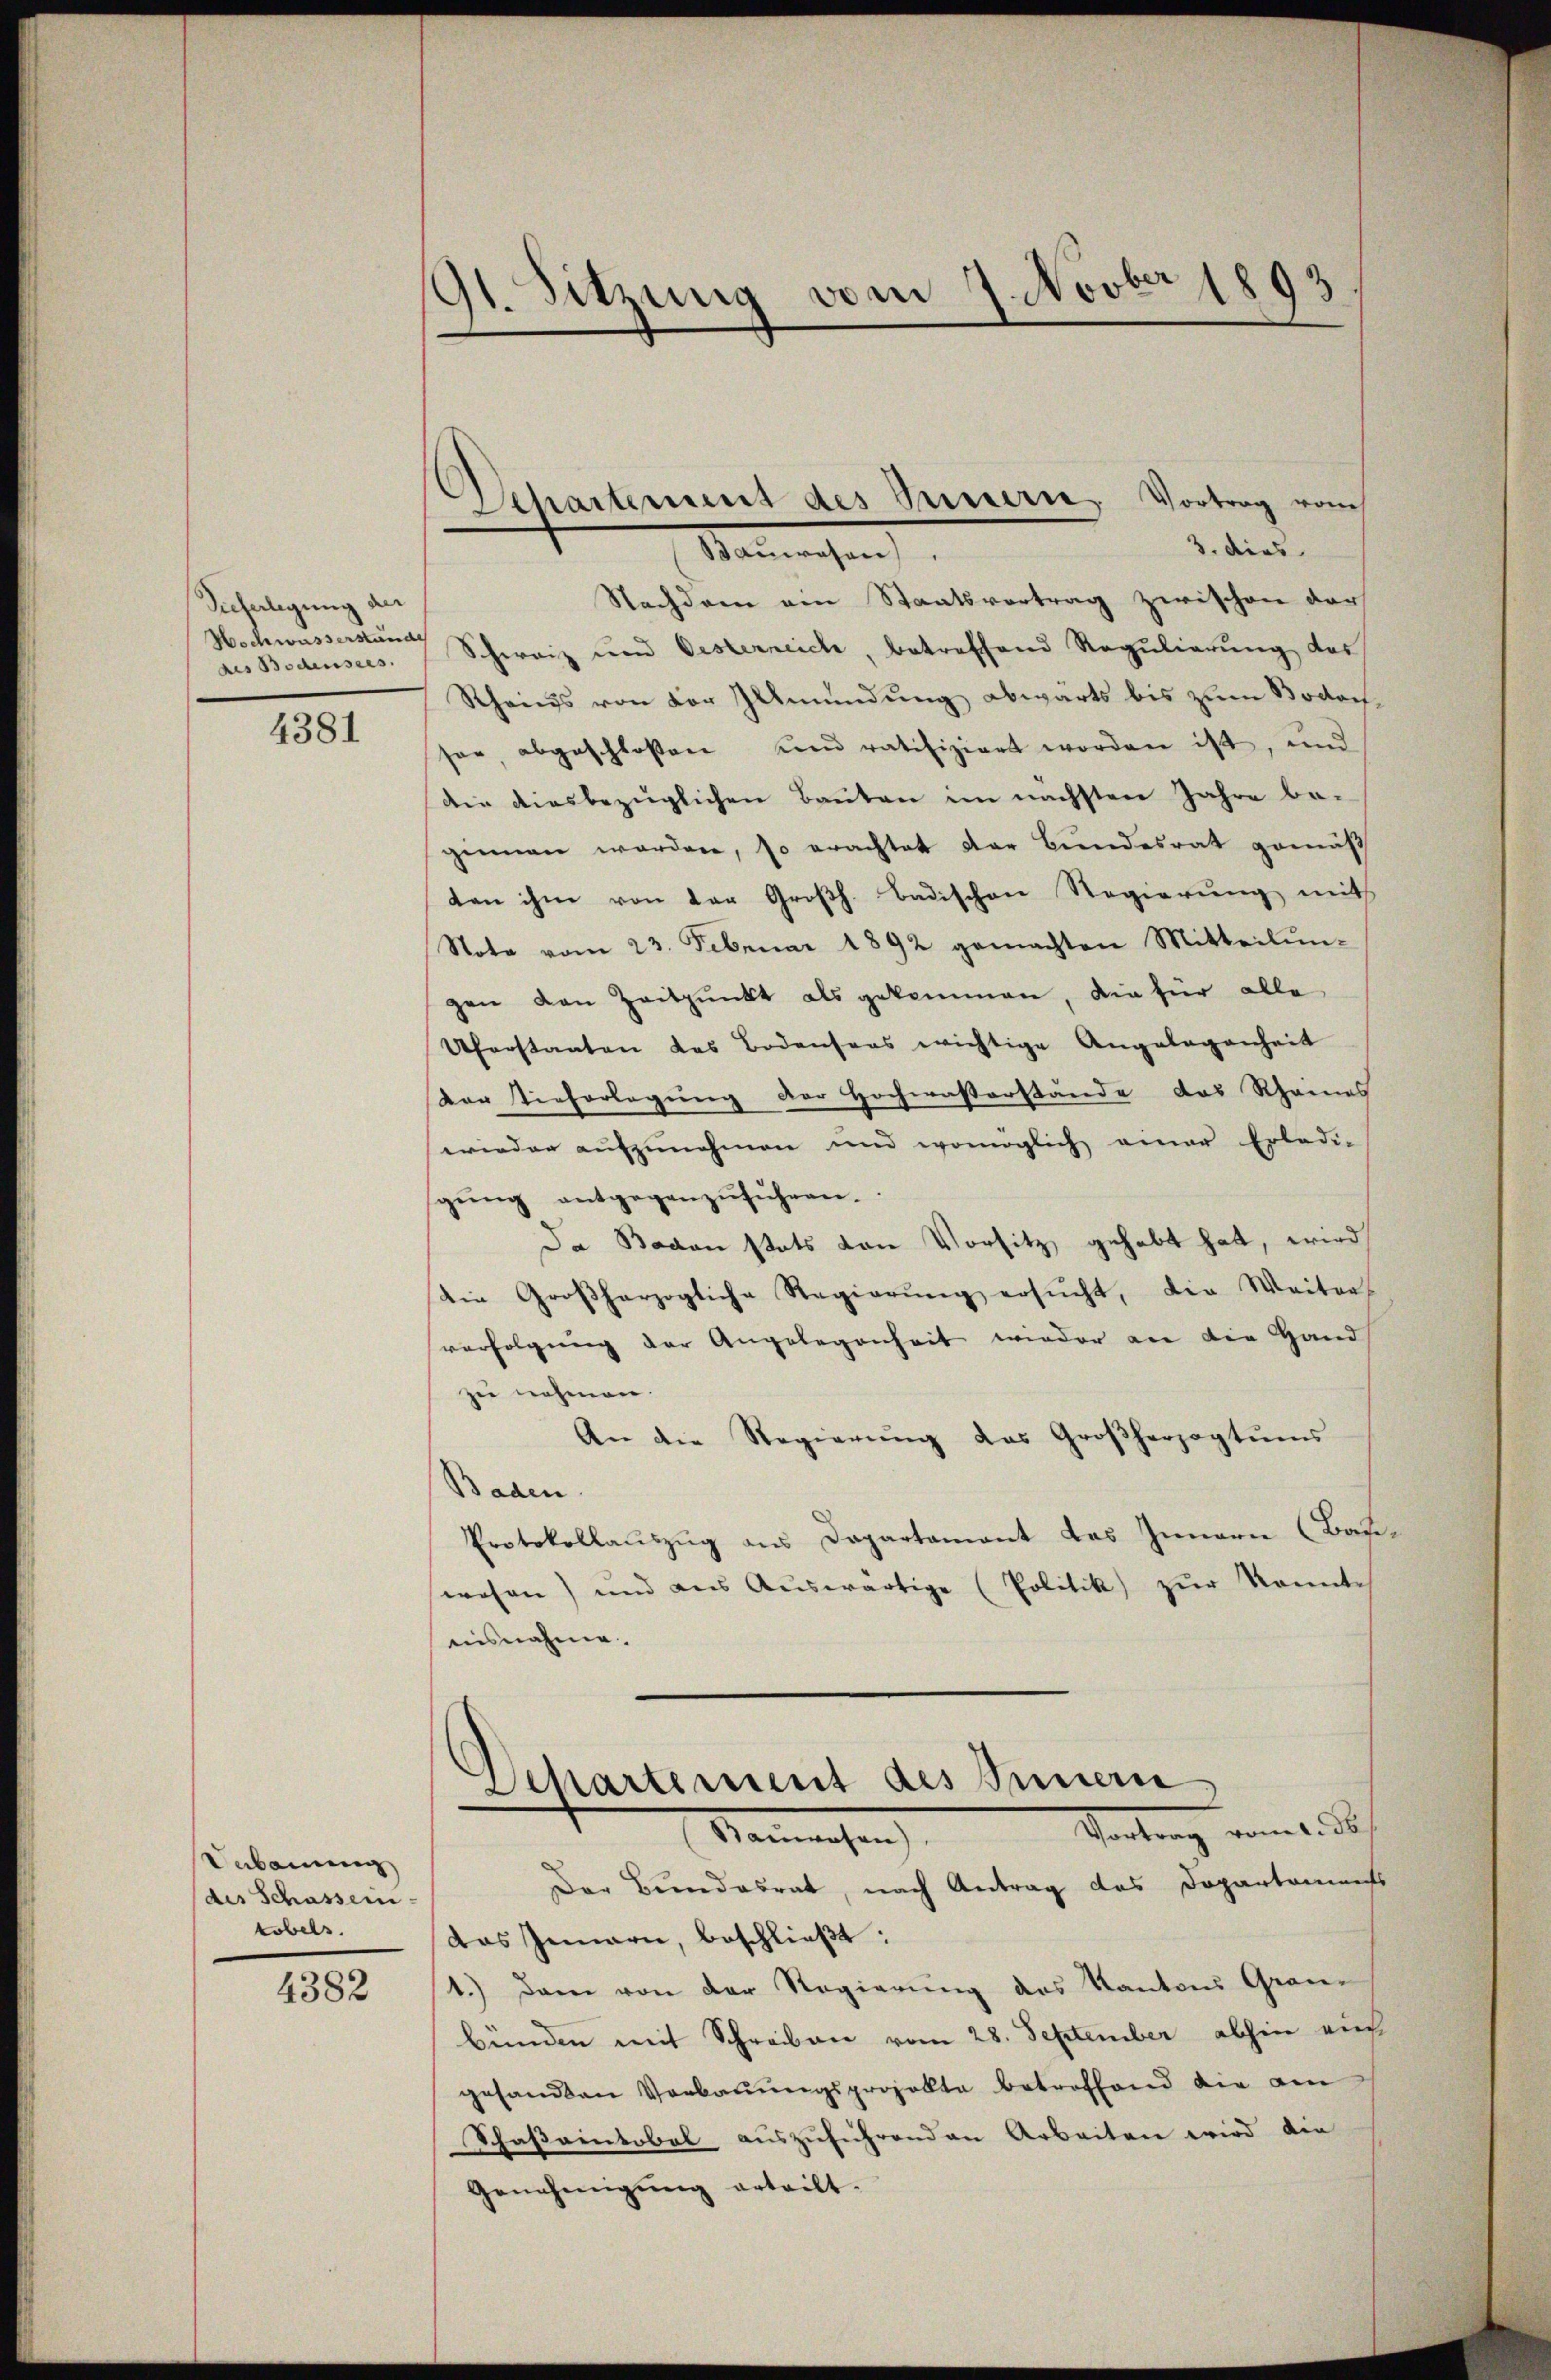
Tieferlegung der
Hochwasserstände
des Bodensees.

4381

Uebauung
des Schassen-
tobels
4382

91. Sitzung vom 7. Novber 1893

Nachdem am Staatsvertrag zwischen der
Schweiz und Oesterreich, betreffend Regulierung des
Rheins von der Illmündung abwärts bis zum Bodoch
son, abgeschlossen und ratifiziert worden ist, und
Die diesbezüglichen Bauten im nächsten Jahre be-
ginnen worden, so erachtet der Bundesrat gemäß
ten ihm von der Großh. Badischen Regierung mit
Note vom 23. Februar 1892 gemachten Mitteilŭn-
gen den Zeitpunkt als gekommen, die für alle
Uferstaaten das Bodensers wichtige Angelegenheit
Vor Tieferlegung der Hochwaßerstände das Rheines
wieder aufzunehmen und womöglich einer Erledi-
sgŭng antgegenzŭführen.
Da Baron stets von Vorsitz gehabt hat, wird
Die Großherzogliche Regierŭng ersŭcht, die Weiter-
verfolgung der Angelegenheit wieder an die Hand
zu nehmen.
An die Regierŭng des Großherzogtŭms
Baden
Protokollauszug aus Departement das Innern (Bauwesen) und aus Aŭswärtige (Politik zŭr konnte
nisnahme.

Departement des Innern, Vortrag vom
3. dies
Bauwesen

Departement des Innern
Gantrag vom 1. 30s
Bauwesen)

Der Bundesrat, nach Antrag des Dopartamines
das Innern, beschließt:
1.) Dann von der Regierung des Kantons Grau-
bünden mit Schreiben vom 28. September abhin auch
gesandten Verbaŭŭngsprojekte betroffend die am
Schaßaintobel auszuführenden Arbeiten wird die
Genehmigŭng erteilt.